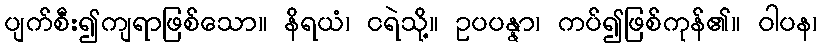
ပျက်စီး၍ကျရာဖြစ်သော။ နိရယံ၊ ငရဲသို့။ ဥပပန္နာ၊ ကပ်၍ဖြစ်ကုန်၏။ ဝါပန၊